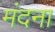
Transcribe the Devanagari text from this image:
मंदना